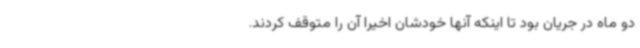
دو ماه در جریان بود تا اینکه آنها خودشان اخیرا آن را متوقف کردند.